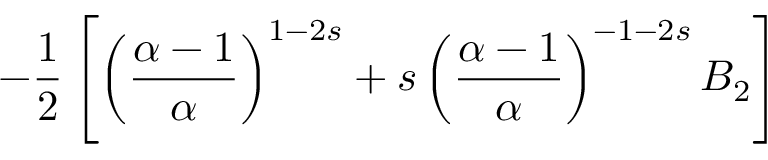
- \frac { 1 } { 2 } \left[ \left( \frac { \alpha - 1 } { \alpha } \right) ^ { 1 - 2 s } + s \left( \frac { \alpha - 1 } { \alpha } \right) ^ { - 1 - 2 s } B _ { 2 } \right]